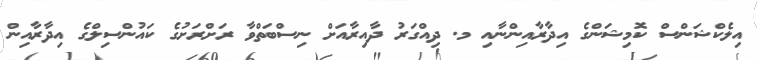
އިލެކްޝަންސް ކޮމިޝަންގެ އިދާރާއިންނާއި މ. ދިއްގަރު ދާއިރާއަށް ނިސްބަތްވާ ރަށްރަށުގެ ކައުންސިލްގެ އިދާރާއިން